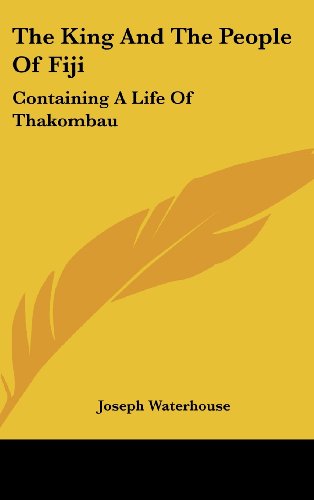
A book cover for The King And The People Of Fiji: Containing A Life Of Thakombau; Joseph Waterhouse; History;